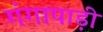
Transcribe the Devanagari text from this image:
गंगापाड़ी